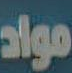
مواد